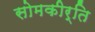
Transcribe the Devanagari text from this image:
सोमकीर्ति